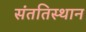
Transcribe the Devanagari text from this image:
संततिस्थान